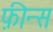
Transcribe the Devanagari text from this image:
फ़ीन्स